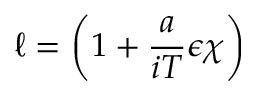
\ell = \left( 1 + \frac { a } { i T } \epsilon \chi \right)